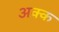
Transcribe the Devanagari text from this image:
अक्क